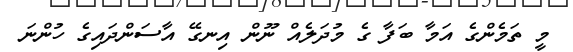
މީ ތަމެންގެ އަމާ ބަފާ ގެ މުދަލެއް ނޫން އިނގޭ އާސަންދައިގެ ހުންނަ